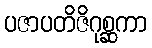
ပဇာပတိဇိဂုစ္ဆကာ